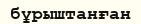
бұрыштанған